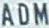
ADM